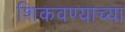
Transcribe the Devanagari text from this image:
शिकवण्याच्या